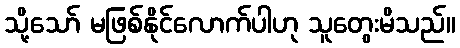
သို့သော် မဖြစ်နိုင်လောက်ပါဟု သူတွေးမိသည်။